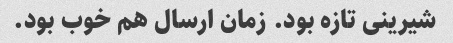
شیرینی تازه بود. زمان ارسال هم خوب بود.